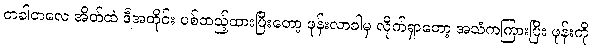
တခါတလေ အိတ်ထဲ ဒီအတိုင်း ပစ်ထည့်ထားပြီးတော့ ဖုန်းလာခါမှ လိုက်ရှာတော့ အသံကကြားပြီး ဖုန်းကို